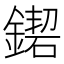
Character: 𨫛